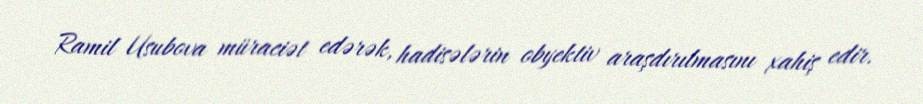
Ramil Usubova müraciət edərək, hadisələrin obyektiv araşdırılmasını xahiş edir.